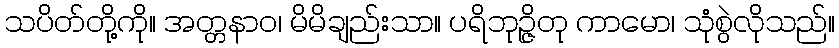
သပိတ်တို့ကို။ အတ္တနာဝ၊ မိမိချည်းသာ။ ပရိဘုဉ္ဇိတု ကာမော၊ သုံစွဲလိုသည်။